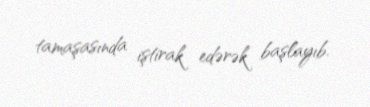
tamaşasında iştirak edərək başlayıb.